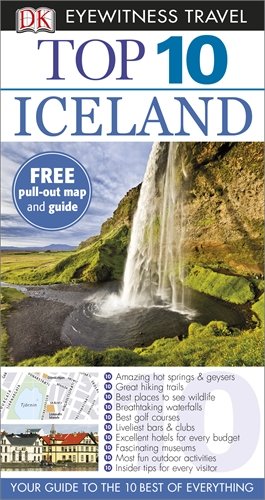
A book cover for Iceland (DK Eyewitness Top 10 Travel Guide); Travel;